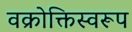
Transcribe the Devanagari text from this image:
वक्रोक्तिस्वरूप